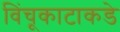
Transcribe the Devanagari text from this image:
विंचूकाटाकडे